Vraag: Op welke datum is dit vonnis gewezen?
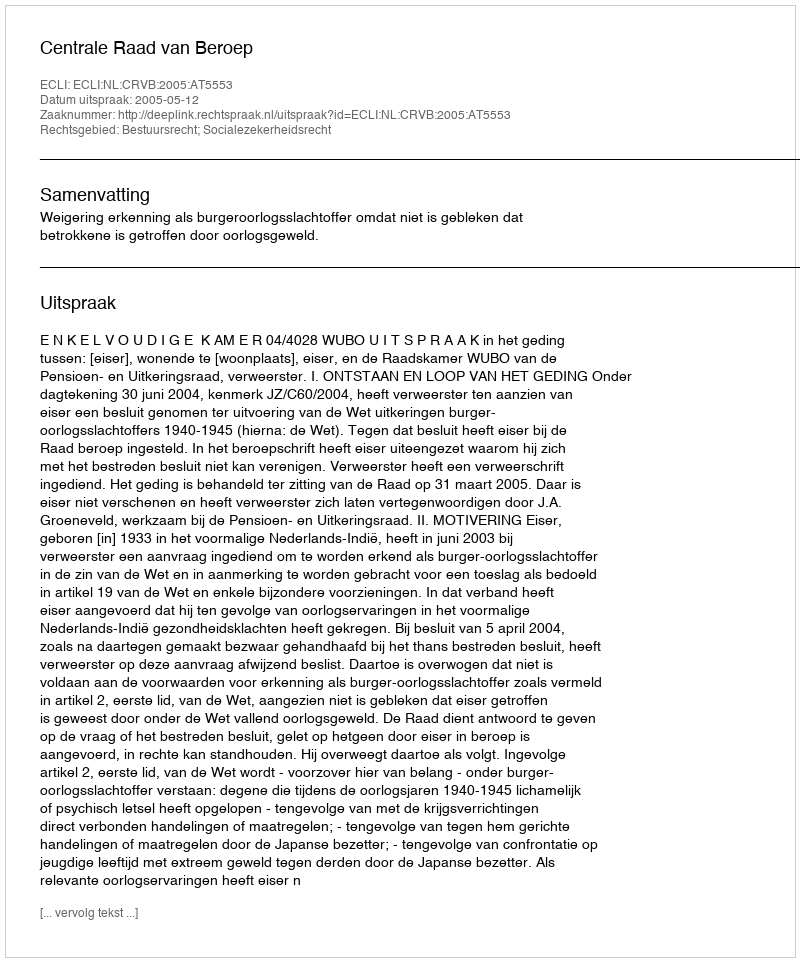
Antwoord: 2005-05-12